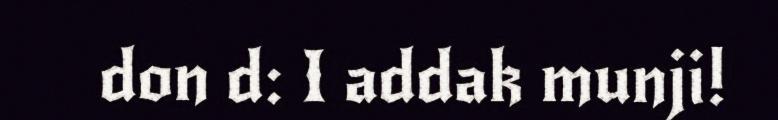
don d: I addak munji!